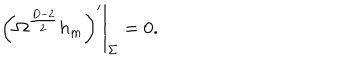
\left. \left( \Omega ^ { \frac { D - 2 } { 2 } } h _ { m } \right) ^ { \prime } \right| _ { \Sigma } = 0 .